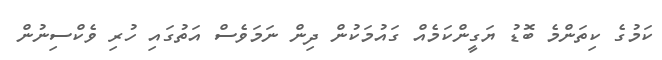
ކަމުގެ ކިތަަންމެ ބޮޑު ޔަގީންކަމެއް ގައުމަކުން ދިން ނަމަވެސް އަތުގައި ހުރި ވެކްސިނުން